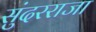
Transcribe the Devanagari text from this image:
सुंदरराजा